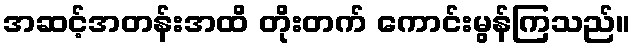
အဆင့်အတန်းအထိ တိုးတက် ကောင်းမွန်ကြသည်။